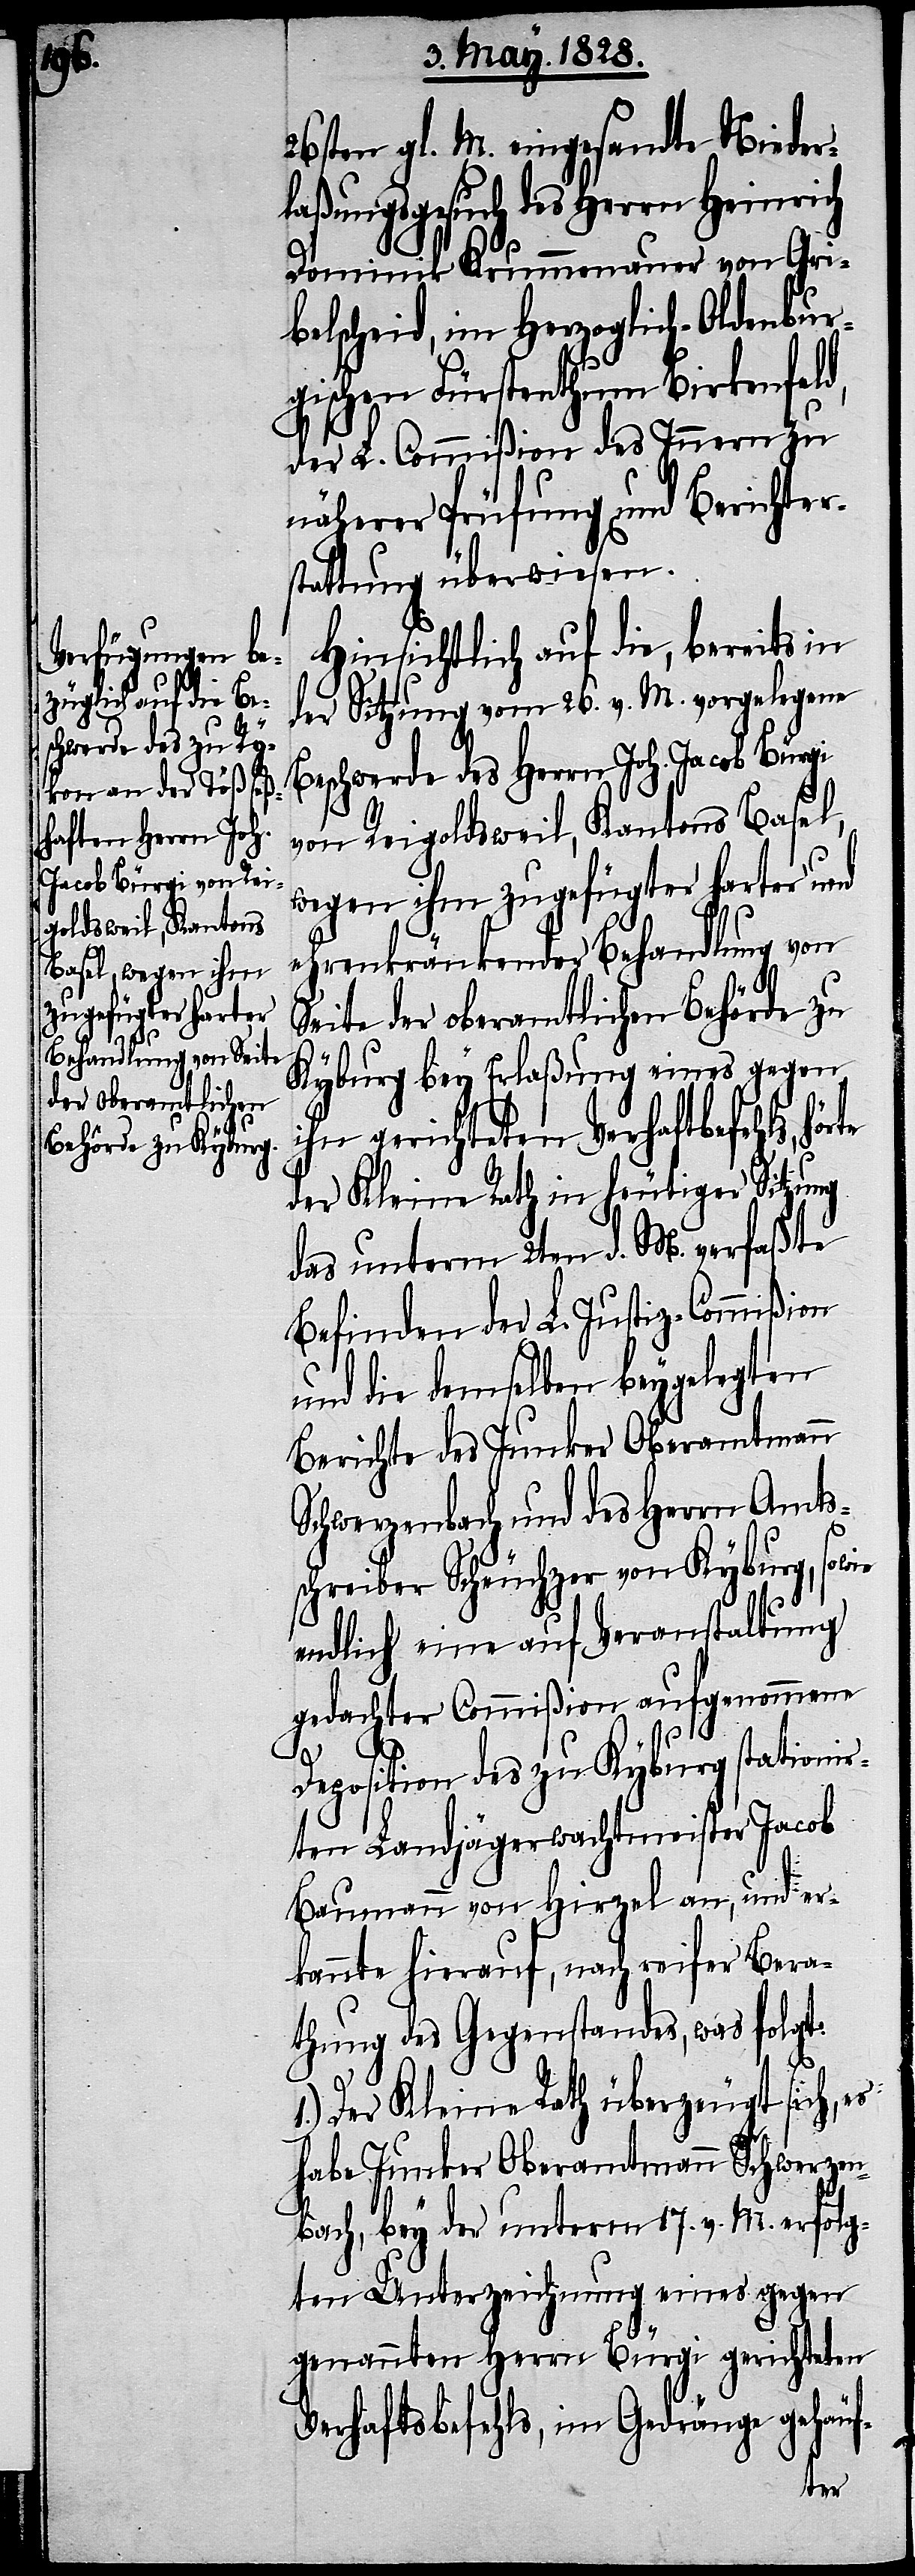
26sten gl. M. eingesandte Niederl¬
aßungsgesuch des Herrn Heinrich
Dominik Krummenauer von Gri¬
belscheid, im Herzoglich-Oldenbur¬
gischen Fürstenthum Birkenfel¬
der L. Commißion des Innern zu
näherer Prüfung und Berichter¬
stattung überwiesen.
Hinsichtlich auf die, bereits in
der Sitzung vom 26. v. M. vorgelegene
Beschwerde des Herrn Joh. Jacob Bürgi
von Reigoldsweil, Kantons Basel,
wegen ihm zugefügter harter und
ehrenkränkender Behandlung von
Seite der oberamtlichen Behörde zu
Kyburg bey Erlaßung eines gegen
ihn gerichteten Verhaftungsbefehls,
der Kleine Rath in heutiger Sitzung
das unterm 2ten d. M. verfaßte
Befinden der L. Justiz-Commißion
und die demselben beygelegten
Berichte des Junker Oberamtmann
Schwerzenbach und des Herrn Amts¬
1.)
so wie
schreiber Scheuchzer von Kyburg,
endlich eine auf Veranstaltung
gedachter Commißion aufgenommene
d,
Deposition des zu Kyburg stationi¬
rten Landjägerwachtmeister Jacob
Baumann von Hirzel an, und er¬
kannte hierauf, nach reifer Bera¬
thung des Gegenstandes, was folgt.
Der Kleine Rath überzeugt sich, es
habe Junker Oberamtmann Schwerzen¬
bach, bey der unterm 17. v. M. erfolg¬
ten Unterzeichnung eines gegen
genannten Herrn Bürgi gerichteten
Verhaftsbefehls, im Gedränge gehäuf-